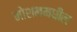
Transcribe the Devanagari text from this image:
मोशनमधील